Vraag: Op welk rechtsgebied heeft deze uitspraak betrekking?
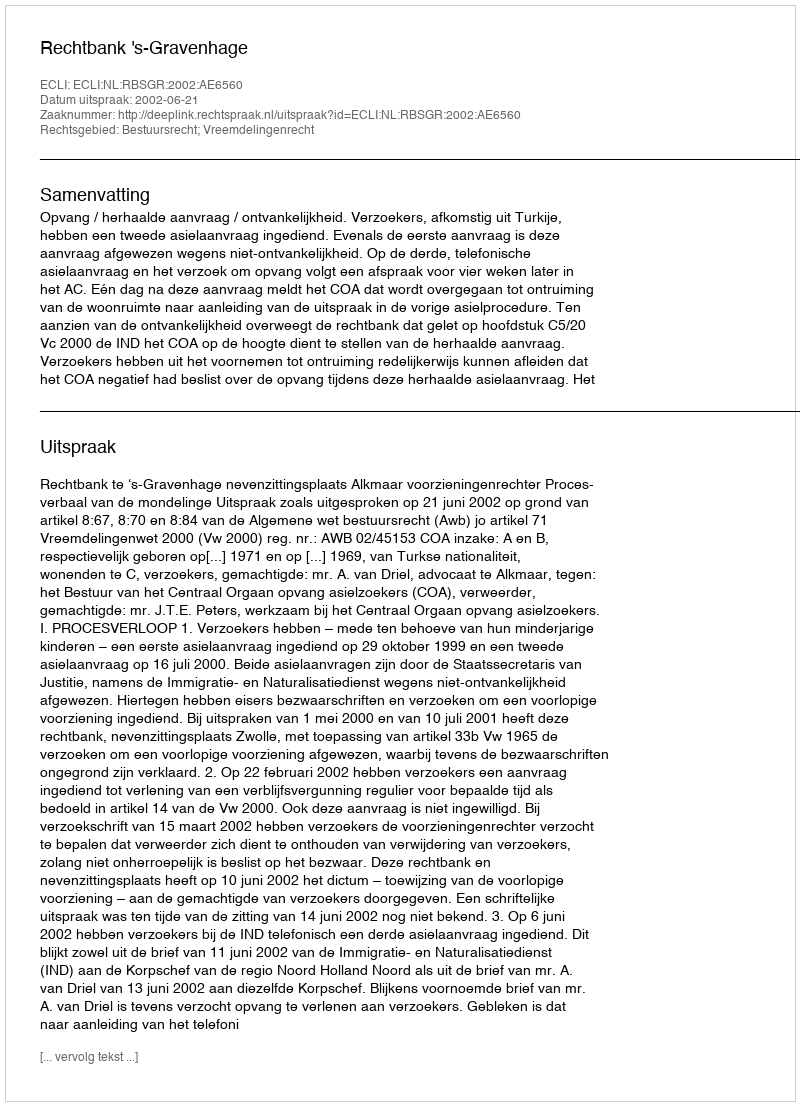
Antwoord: Bestuursrecht; Vreemdelingenrecht